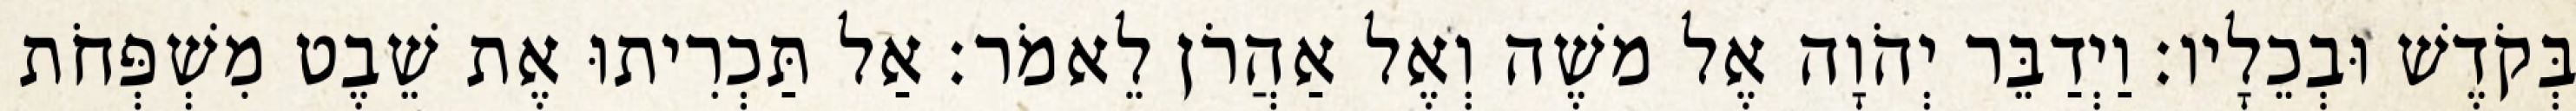
בְּקֹדֶשׁ וּבְכֵלָיו׃ וַיְדַבֵּר יְהֹוָה אֶל משֶׁה וְאֶל אַהֲרֹן לֵאמֹר׃ אַל תַּכְרִיתוּ אֶת שֵׁבֶט מִשְׁפְּחֹת